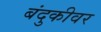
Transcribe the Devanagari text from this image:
बंदुकीवर